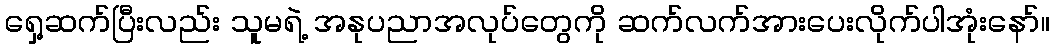
ရှေ့ဆက်ပြီးလည်း သူမရဲ့ အနုပညာအလုပ်တွေကို ဆက်လက်အားပေးလိုက်ပါအုံးနော်။